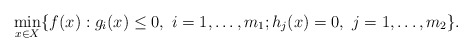
\begin{align*}\begin{array}{rl}\min\limits_{x \in X} \{f(x): g_i(x) \leq 0, \ i=1,\ldots,m_1; h_j(x) = 0, \ j=1,\ldots,m_2\}.\end{array}\end{align*}